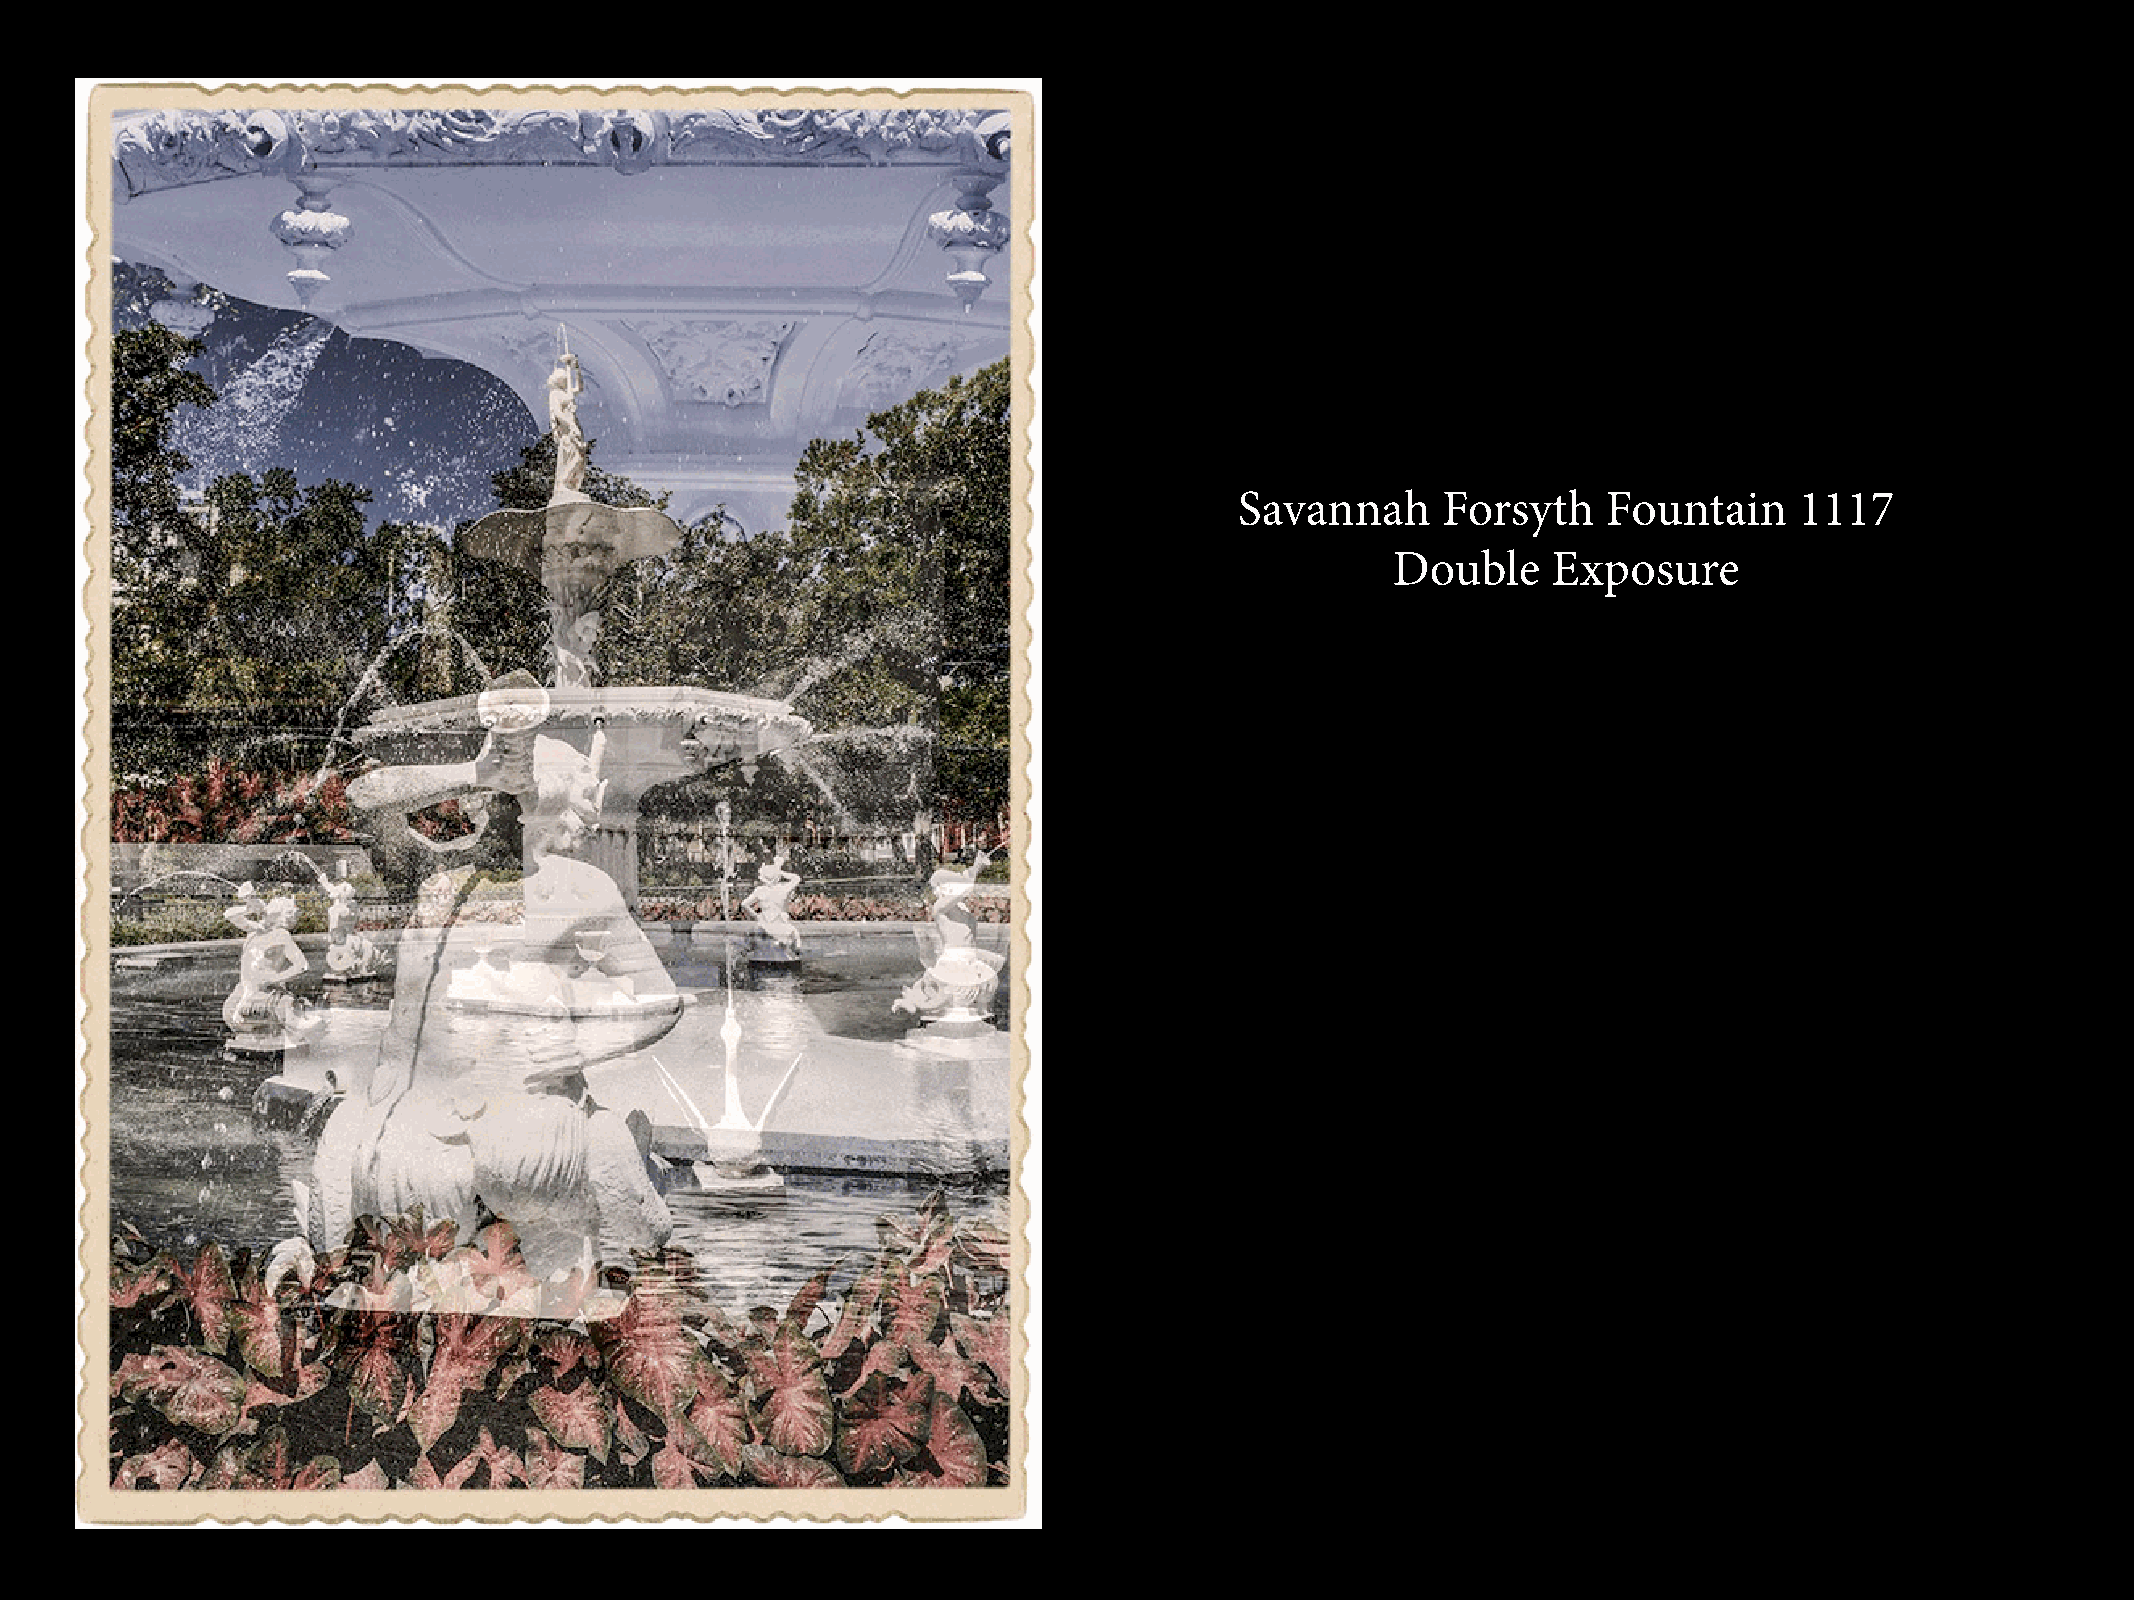
Savannah     Forsyth    Fountain     1117
 Double     Exposure